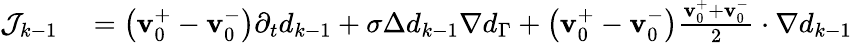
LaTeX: \begin{array}{rl}{\mathcal{J}_{k-1}}&{{}=\big(\mathbf{v}_{0}^{+}-\mathbf{v}_{0}^{-}\big)\partial_{t}d_{k-1}+\sigma\Delta d_{k-1}\nabla d_{\Gamma}+\big(\mathbf{v}_{0}^{+}-\mathbf{v}_{0}^{-}\big)\frac{\mathbf{v}_{0}^{+}+\mathbf{v}_{0}^{-}}{2}\cdot\nabla d_{k-1}}\end{array}